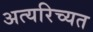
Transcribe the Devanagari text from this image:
अत्यरिच्यत